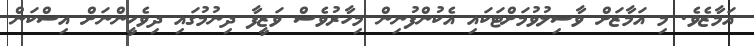
އަމާޒެވެ. މި އަމާޒަށް ވާސިލުވުމަށްޓަކައި އެކުންފުނިން މިހާރުވެސް ވަޒީފާ ދިނުމުގައި ދިވެހީންނަށް އިސްކަން